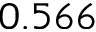
0 . 5 6 6